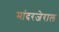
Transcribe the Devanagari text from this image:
मांदरजेराल